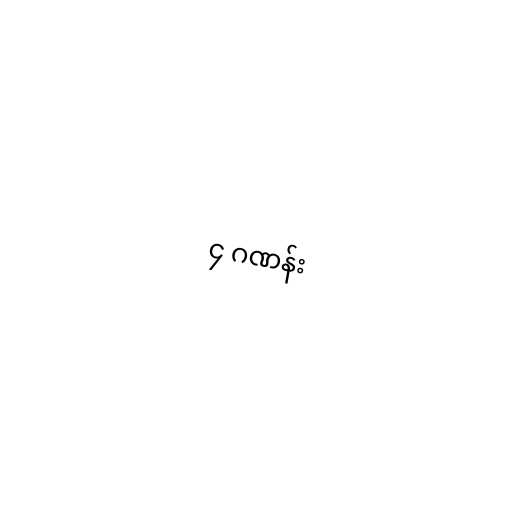
၄ ဂဏန်း